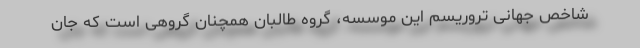
شاخص جهانی تروریسم این موسسه، گروه طالبان همچنان گروهی است که جان